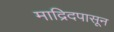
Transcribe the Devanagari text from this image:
माद्रिदपासून